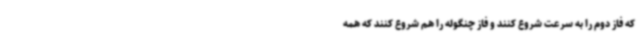
که فاز دوم را به سرعت شروع کنند و فاز چنگوله را هم شروع کنند که همه